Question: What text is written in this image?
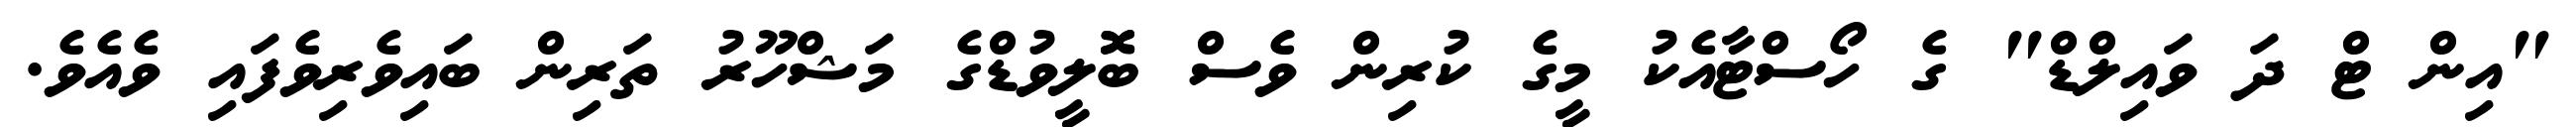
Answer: "އިން ޓް ދަ ވައިލްޑް" ގެ ހޯސްޓާއެކު މީގެ ކުރިން ވެސް ބޮޮލީވުޑްގެ މަޝްހޫރު ތަރިން ބައިވެރިވެފައި ވެއެވެ.